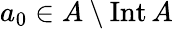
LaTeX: a_{0}\in A\setminus\operatorname{Int}A